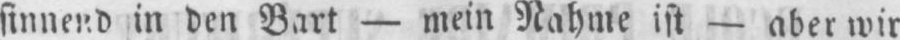
sinnend in den Bart - mein Nahme ist - aber wir